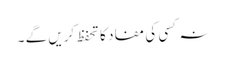
نہ کسی کی مفاد کا تحفظ کریں گے ۔